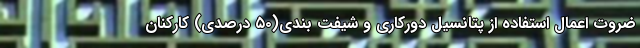
ضروت اعمال استفاده از پتانسیل دورکاری و شیفت بندی(۵۰ درصدی) کارکنان